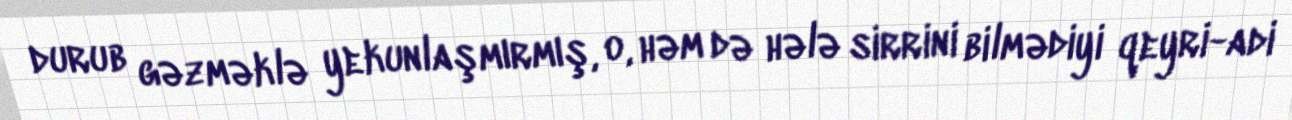
durub gəzməklə yekunlaşmırmış, o, həm də hələ sirrini bilmədiyi qeyri-adi